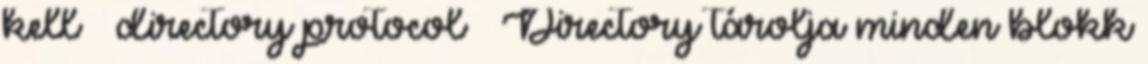
kell → directory protocol ● Directory tárolja minden blokk